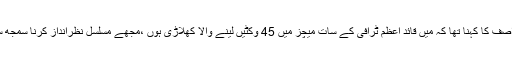
35سالہ محمد آصف کا کہنا تھا کہ میں قائد اعظم ٹرافی کے سات میچز میں 45 وکٹیں لینے والا کھلاڑی ہوں ،مجھے مسلسل نظرانداز کرنا سمجھ سے بالاتر ہے۔